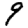
Digit: 9